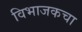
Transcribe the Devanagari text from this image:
विभाजकचा